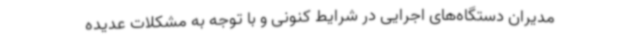
مدیران دستگاه‌های اجرایی در شرایط کنونی و با توجه به مشکلات عدیده